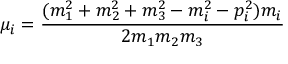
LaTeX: \mu _ { i } = \frac { ( m _ { 1 } ^ { 2 } + m _ { 2 } ^ { 2 } + m _ { 3 } ^ { 2 } - m _ { i } ^ { 2 } - p _ { i } ^ { 2 } ) m _ { i } } { 2 m _ { 1 } m _ { 2 } m _ { 3 } }